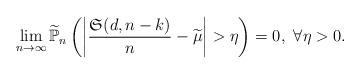
LaTeX: \begin{align*}\lim_{n\rightarrow\infty}\widetilde{\mathbb{P}}_{n} \left( \left| \frac{ \mathfrak{S}(d,n-k)}{n} -\widetilde{\mu} \right| > \eta \right) = 0,\ \forall \eta>0.\end{align*}